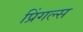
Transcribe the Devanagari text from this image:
प्रिंगल्स